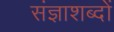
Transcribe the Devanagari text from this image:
संज्ञाशब्दों